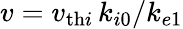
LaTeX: v=v_{\mathrm{th}i}\, k_{i0}/k_{e1}